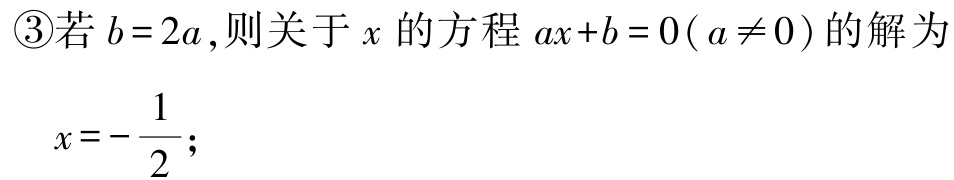
\textcircled{3}若\(b = 2a\),则关于\(x\)的方程\(ax + b = 0(a\neq0)\)的解为

\(x = -\frac{1}{2}\);